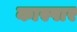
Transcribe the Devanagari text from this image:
कास्पार